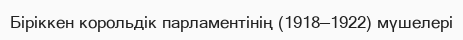
Біріккен корольдік парламентінің (1918—1922) мүшелері